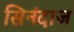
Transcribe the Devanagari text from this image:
सिनंदाज